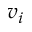
v _ { i }